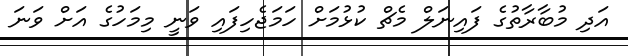
އަދި މުބާރާތުގެ ފައިނަލް މެޗް ކުޅުމަށް ހަމަޖެހިފައި ވަނީ މިމަހުގެ އަށް ވަނަ